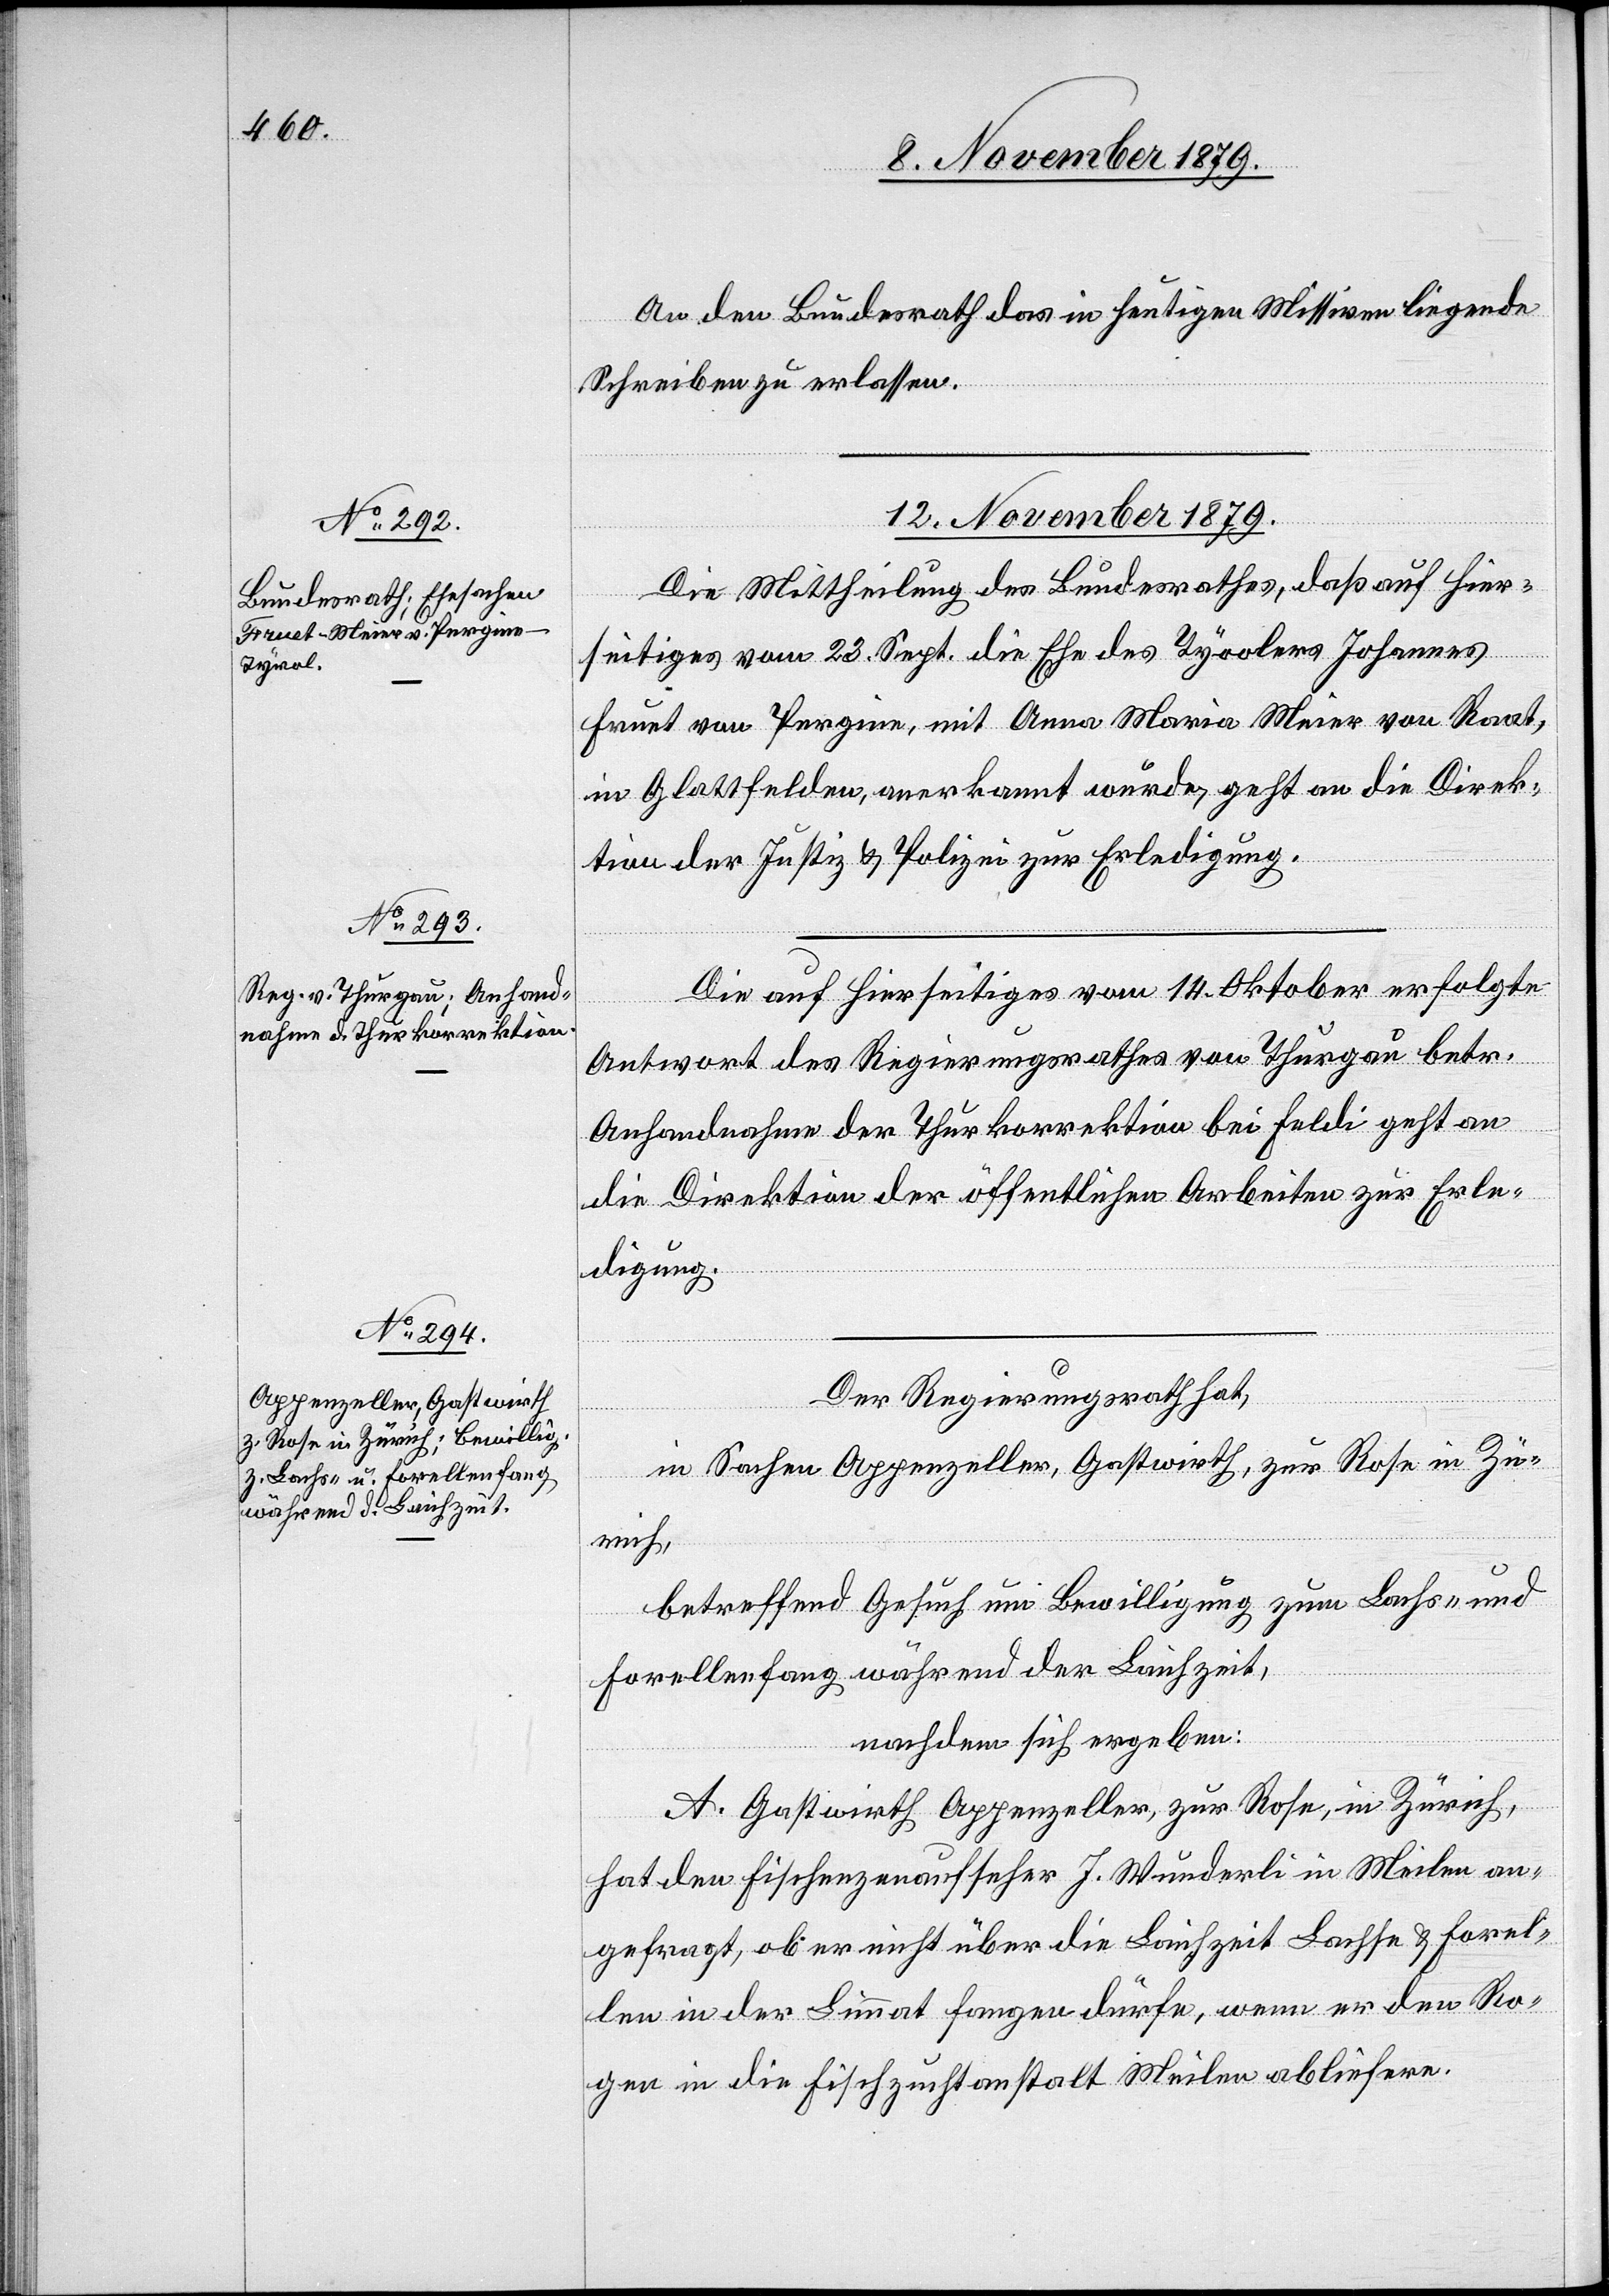
12. November 1879.]
An den Bundesrath das in heutigen Missiven liegende
Schreiben zu erlassen.
12. November 1879.
Die Mittheilung des Bundesrathes, daß auf hier¬
seitiges vom 23. Sept. die Ehe des Tyrolers Johannes
Fruet von Pergine, mit Anna Maria Meier von Raat,
in Glattfelden, anerkannt wurde, geht an die Direk¬
tion der Justiz & Polizei zur Erledigung.
Die auf hierseitiges vom 14. Oktober erfolgte
Antwort des Regierungsrathes von Thurgau betr.
Anhandnahme der Thurkorrektion bei Feldi geht an
die Direktion der öffentlichen Arbeiten zur Erle¬
digung.
Der Regierungsrath hat,
in Sachen Appenzeller, Gastwirth, zur Rose in Zü¬
rich,
betreffend Gesuch um Bewilligung zum Lachs- und
Forellenfang während der Laichzeit,
nachdem sich ergeben:
A. Gastwirth Appenzeller, zur Rose, in Zürich,
hat den Fischenzenaufseher J. Wunderli in Meilen an¬
gefragt, ob er nicht über die Laichzeit Lachse & Forel¬
len in der Limmat fangen dürfe, wenn er den Ro¬
gen in die Fischzuchtanstalt Meilen abliefere.